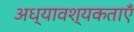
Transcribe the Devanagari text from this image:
अध्यावश्यकताएँ